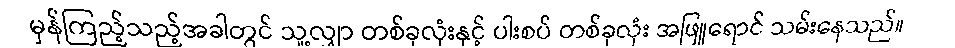
မှန်ကြည့်သည့်အခါတွင် သူ့လျှာ တစ်ခုလုံးနှင့် ပါးစပ် တစ်ခုလုံး အဖြူရောင် သမ်းနေသည်။